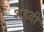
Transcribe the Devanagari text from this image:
शहदी